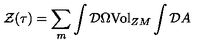
{ \cal { Z } } ( \tau { } ) = \sum _ { m } \int { \cal { D } } \Omega { \mathrm { V o l } } _ { Z M } \int { \cal { D } } A